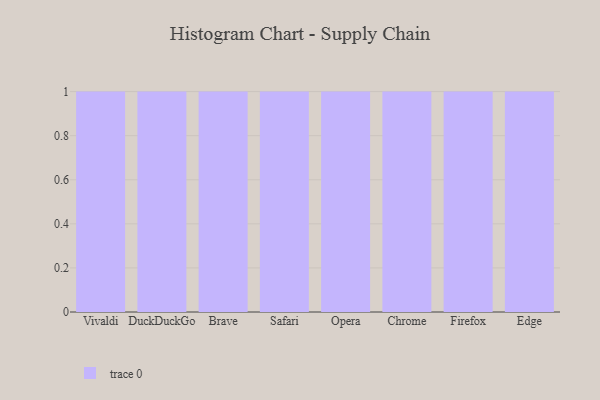
{"axis": {"x": "Browser", "y": "Gross Profit (USD K)"}, "legend": [""], "data": [{"x": "Vivaldi", "y": 62, "type": ""}, {"x": "DuckDuckGo", "y": 38, "type": ""}, {"x": "Brave", "y": 77, "type": ""}, {"x": "Safari", "y": 47, "type": ""}, {"x": "Opera", "y": 100, "type": ""}, {"x": "Chrome", "y": 26, "type": ""}, {"x": "Firefox", "y": 26, "type": ""}, {"x": "Edge", "y": 27, "type": ""}]}